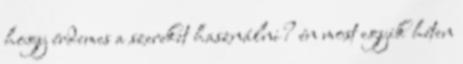
hogy érdemes a szereket használni? én most egyik héten